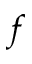
f